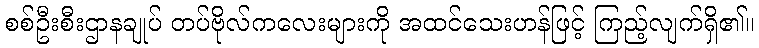
စစ်ဦးစီးဌာနချုပ် တပ်ဗိုလ်ကလေးများကို အထင်သေးဟန်ဖြင့် ကြည့်လျက်ရှိ၏။